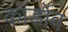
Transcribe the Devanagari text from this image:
कॉर्डोव